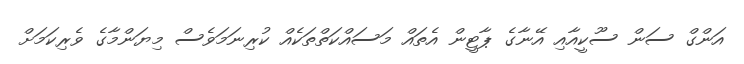
އަންގް ސަން ސޫކީއާއި އޭނާގެ ޕާޓީން އެތައް މަސައްކަތްތަކެއް ކުރިނަމަވެސް މިޔަންމާގެ ވެރިކަމަށް